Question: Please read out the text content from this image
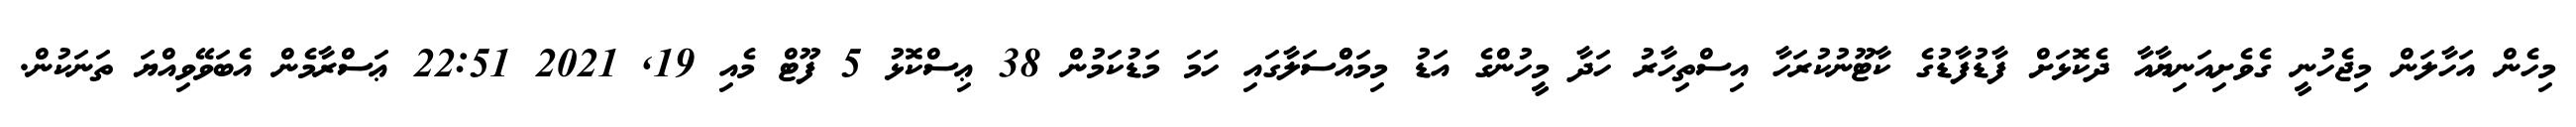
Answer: މިހެން އަހާލަން މިޖެހުނީ ގެވެށިއަނިޔާއާ ދެކޮޅަށް ފާޑުފާޑުގެ ކާޓޫނުކުރަހާ އިސްތިހާރު ހަދާ މީހުންގެ އަޑު މިމައްްސަލާގައި ހަމަ މަޑުކަމުން 38 ޢިސްކޮޅު 5 ފޫޓް މެއި 19, 2021 22:51 ޢަސްރާމެން އެބަވޭވިއްޔަ ތަނަކުން.